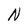
Character: N